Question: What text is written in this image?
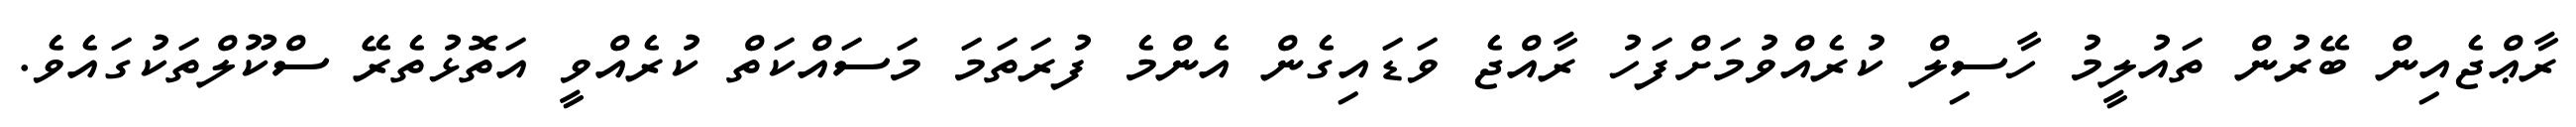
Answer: ރާޢްޖެއިން ބޭރުން ތައުލީމު ހާސިލް ކުރެއްވުމަށްފަހު ރާއްޖެ ވަޑައިގެން އެންމެ ފުރަތަމަ މަސައްކަތް ކުރެއްވީ އަތޮޅުތެރޭ ސްކޫލްތަކުގައެވެ.